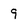
Character: 9